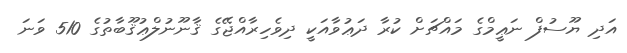
އަދި ޔޫސުފް ނަޢީމްގެ މައްޗަށް ކުރާ ދަޢުވާއަކީ ދިވެހިރާއްޖޭގެ ޤާނޫނުލްޢުޤޫބާތުގެ 510 ވަނަ